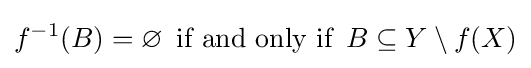
f^{-1}(B)=\varnothing \,{\text{ if and only if }}\,B\subseteq Y\setminus f(X)